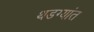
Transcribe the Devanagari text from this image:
थडग्यांत